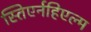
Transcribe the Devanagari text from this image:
स्तिएर्नहिएल्म